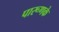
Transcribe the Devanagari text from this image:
पारूणके